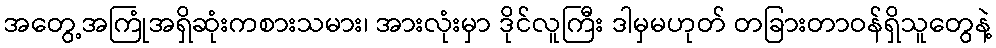
အတွေ့အကြုံအရှိဆုံးကစားသမား၊ အားလုံးမှာ ဒိုင်လူကြီး ဒါမှမဟုတ် တခြားတာဝန်ရှိသူတွေနဲ့